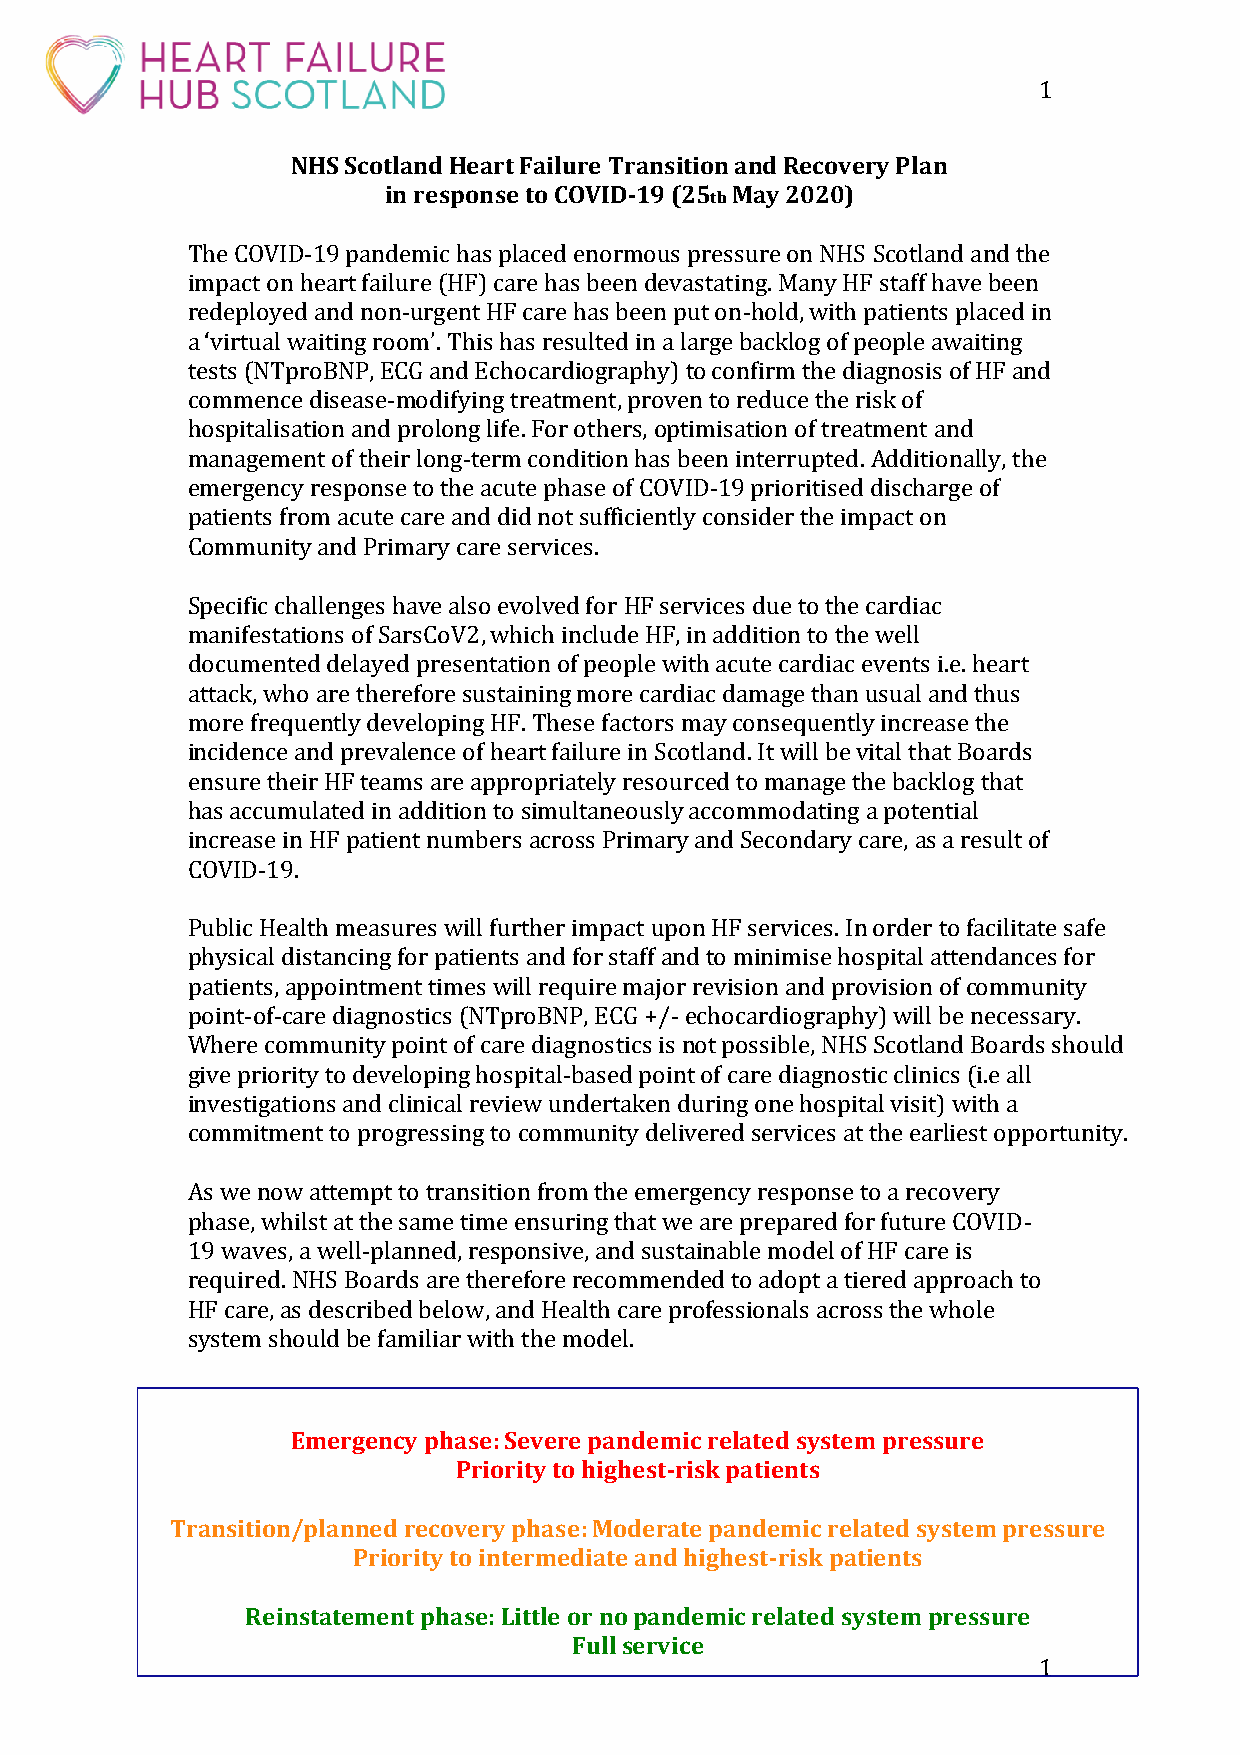
1
 NHS Scotland Heart Failure Transition and Recovery Plan
 in response to COVID-19 (25 May 2020)
 th
 The COVID-19 pandemic has placed enormous pressure on NHS Scotland and the
 impact on heart failure (HF) care has been devastating. Many HF staff have been
 redeployed and non-urgent HF care has been put on-hold, with patients placed in
 a ‘virtual waiting room’. This has resulted in a large backlog of people awaiting
 tests (NTproBNP, ECG and Echocardiography) to confirm the diagnosis of HF and
 commence disease-modifying treatment, proven to reduce the risk of
 hospitalisation and prolong life. For others, optimisation of treatment and
 management of their long-term condition has been interrupted. Additionally, the
 emergency response to the acute phase of COVID-19 prioritised discharge of
 patients from acute care and did not sufficiently consider the impact on
 Community and Primary care services.
 Specific challenges have also evolved for HF services due to the cardiac
 manifestations of SarsCoV2, which include HF, in addition to the well
 documented delayed presentation of people with acute cardiac events i.e. heart
 attack, who are therefore sustaining more cardiac damage than usual and thus
 more frequently developing HF. These factors may consequently increase the
 incidence and prevalence of heart failure in Scotland. It will be vital that Boards
 ensure their HF teams are appropriately resourced to manage the backlog that
 has accumulated in addition to simultaneously accommodating a potential
 increase in HF patient numbers across Primary and Secondary care, as a result of
 COVID-19.
 Public Health measures will further impact upon HF services. In order to facilitate safe
 physical distancing for patients and for staff and to minimise hospital attendances for
 patients, appointment times will require major revision and provision of community
 point-of-care diagnostics (NTproBNP, ECG +/- echocardiography) will be necessary.
 Where community point of care diagnostics is not possible, NHS Scotland Boards should
 give priority to developing hospital-based point of care diagnostic clinics (i.e all
 investigations and clinical review undertaken during one hospital visit) with a
 commitment to progressing to community delivered services at the earliest opportunity.
 As we now attempt to transition from the emergency response to a recovery
 phase, whilst at the same time ensuring that we are prepared for future COVID-
 19 waves, a well-planned, responsive, and sustainable model of HF care is
 required. NHS Boards are therefore recommended to adopt a tiered approach to
 HF care, as described below, and Health care professionals across the whole
 system should be familiar with the model.
 Emergency phase: Severe pandemic related system pressure
 Priority to highest-risk patients
 Transition/planned recovery phase: Moderate pandemic related system pressure
 Priority to intermediate and highest-risk patients
 Reinstatement phase: Little or no pandemic related system pressure
 Full service
 1